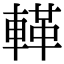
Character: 𨍝